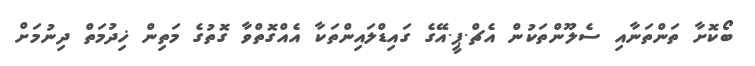
ބޯކޮށާ ތަންތަނާއި ސެލޫންތަކުން އެޗް.ޕީ.އޭގެ ގައިޑްލައިންތަކާ އެއްގޮތްވާ ގޮތުގެ މަތިން ޚިދުމަތް ދިނުމަށް